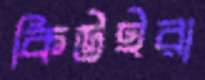
কিউইরা